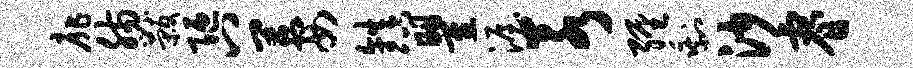
扉肠黻陋八萋镇瞿渥若缠剩沙睿